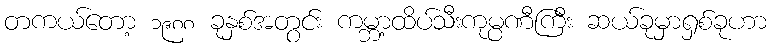
တကယ်တော့ ၁၉၈၈ ခုနှစ်အတွင်း ကမ္ဘာ့ထိပ်သီးကုမ္ပဏီကြီး ဆယ်ခုမှာရှစ်ခုဟာ